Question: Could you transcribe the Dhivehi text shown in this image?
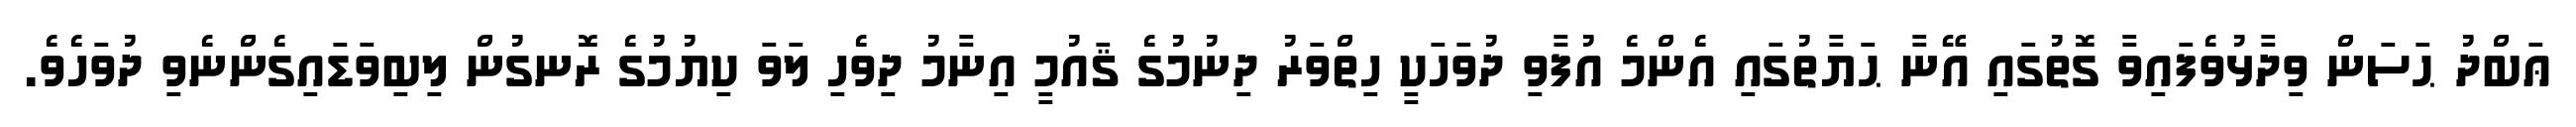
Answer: ޢަބްދު ޙަސަން ވިދާޅުވެފައިވާ ގޮތުގައި އޭނާ ޙަޔާތުގައި އެންމެ އުފާވި ދުވަހަކީ ހިތްވަރު ދިނުމުގެ ޤައުމީ އިނާމު ދިވެހި ލަވަ ކިޔުމުގެ ރޮނގުން ލިބިވަޑައިގެންނެވި ދުވަހެވެ.